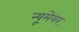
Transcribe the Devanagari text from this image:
न्यूमेयर